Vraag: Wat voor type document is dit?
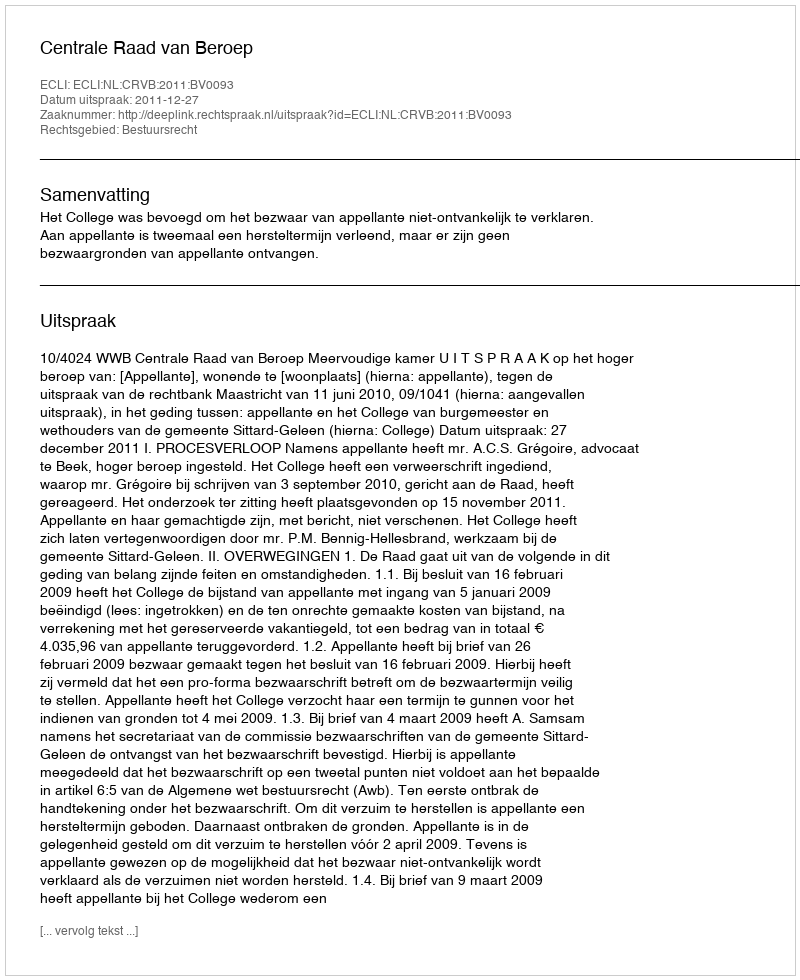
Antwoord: Uitspraak